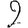
Digit: 2